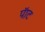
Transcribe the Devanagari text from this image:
पॅाट